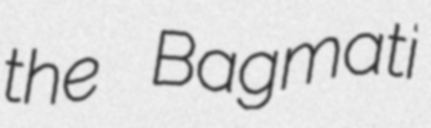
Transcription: the Bagmati